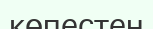
көпестен